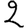
Digit: 2